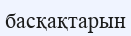
басқақтарын